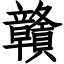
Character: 贛